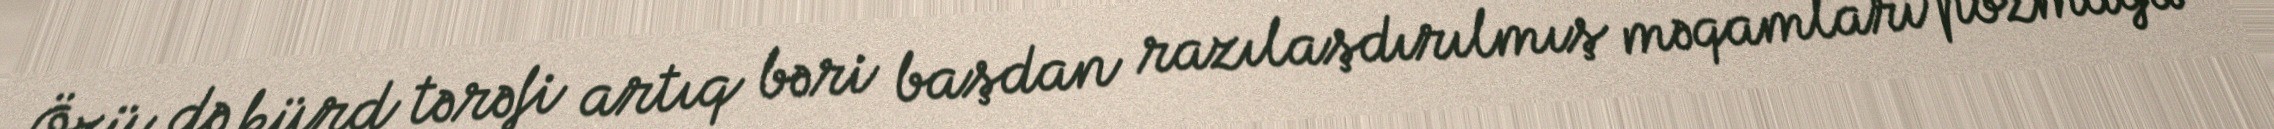
Özü də kürd tərəfi artıq bəri başdan razılaşdırılmış məqamları pozmağa